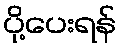
ပို့ပေးရန်